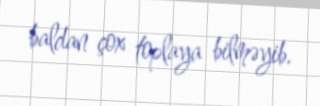
baldan çox toplaya bilməyib.